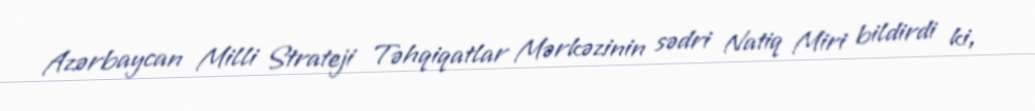
Azərbaycan Milli Strateji Təhqiqatlar Mərkəzinin sədri Natiq Miri bildirdi ki,